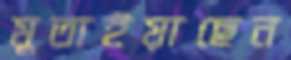
মুতাইয়াছেন